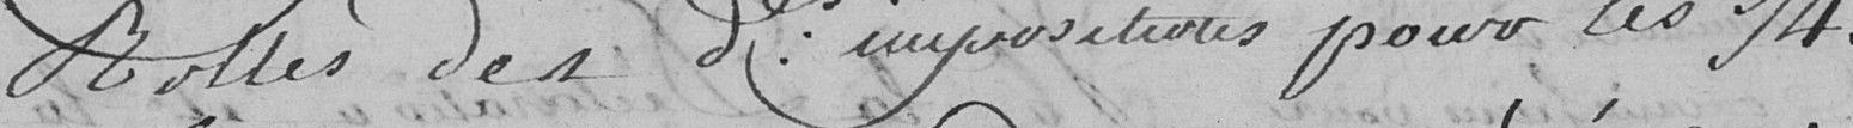
rôles des dernières impositions pour les 3/4.